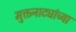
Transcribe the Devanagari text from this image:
मुक्तनाट्यांच्या